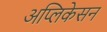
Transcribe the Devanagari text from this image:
अप्लिकेसन